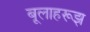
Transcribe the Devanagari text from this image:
बूलाहरूझ